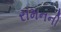
રામનની